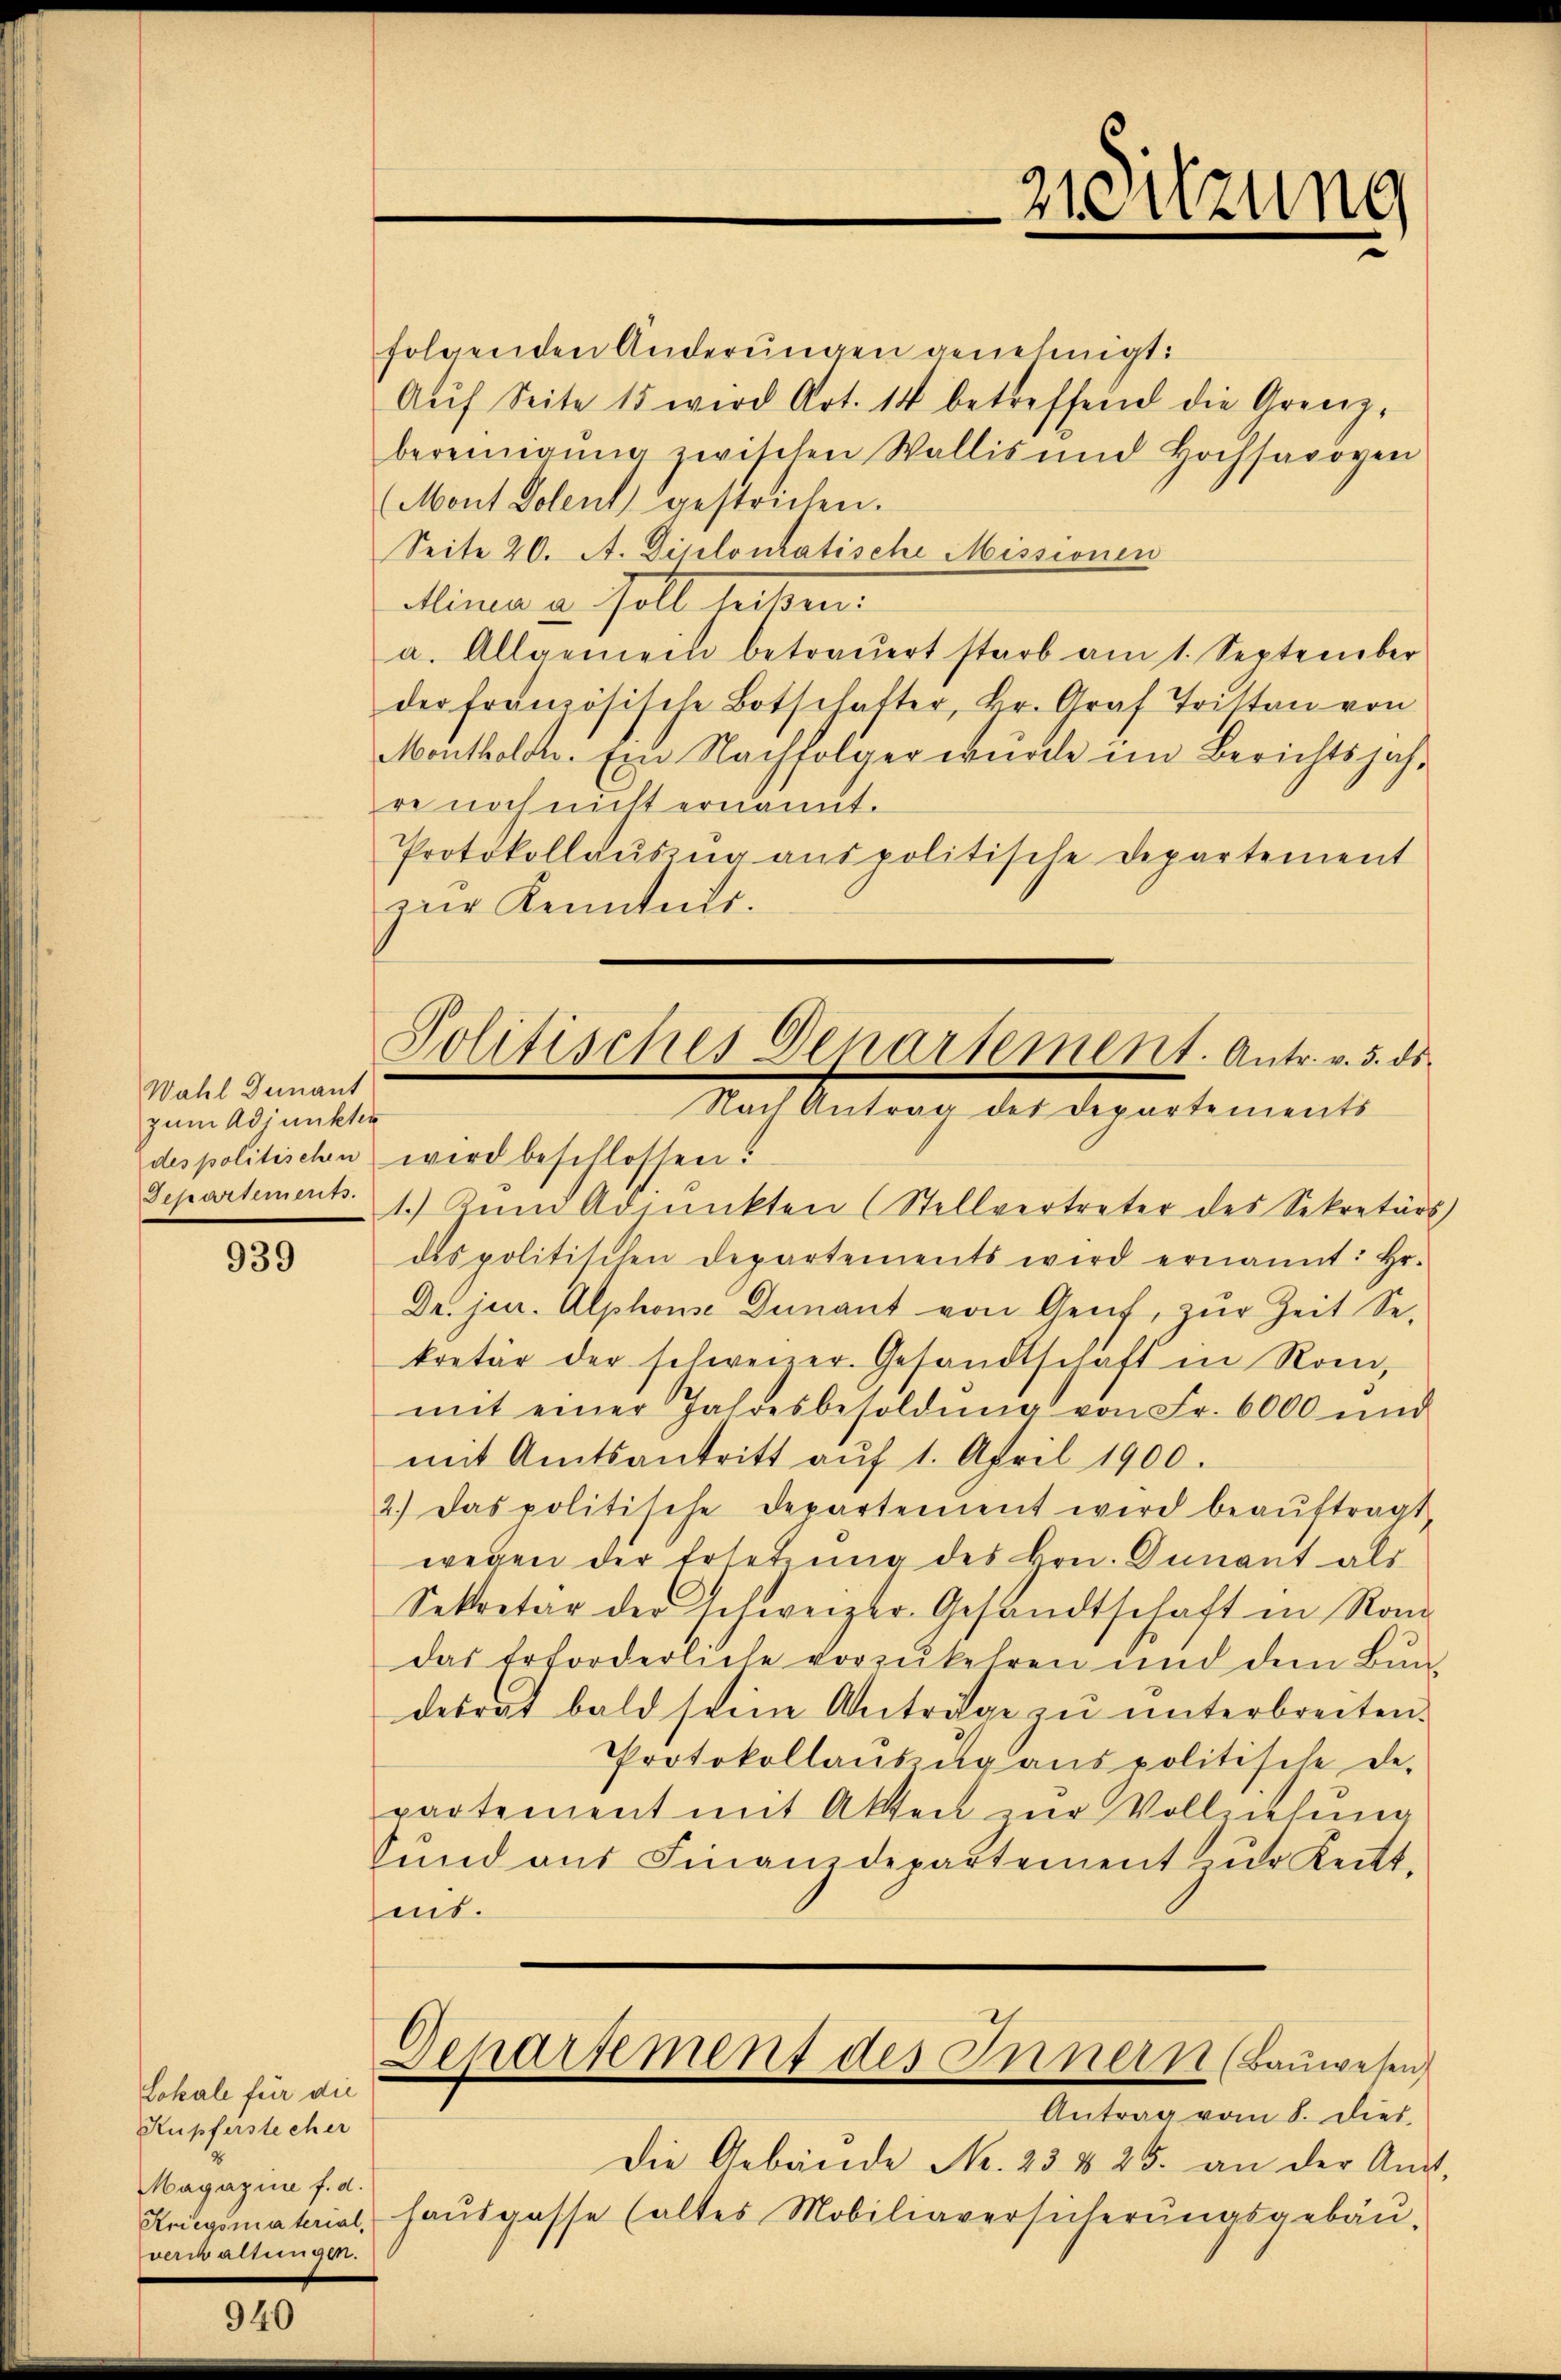
Wahl Genant
zum Adjunkten
des politischen

939

Lokale für die
Kupferstecher
Magazine f. d.
eater 225.

folgenden Anderŭngen genehmigt:
Aŭf Seite 15 wird Art. 14 betreffend die Grenz-
bereinigŭng zwischen Wallis und Hochsavoyen
(Mont Dolent gestrichen.
Seite 20. A. Diplomatische Missionen
Mina u. soll leiten
a. Allgemein betraŭert starb am 1. September
der französische Botschafter, Hr. Graf Tritten von
Montholde. Ein Nachfolger wurde im Berichtsjahre noch nicht ernamt.
Protokollaŭszŭg aŭspolitische Departement
zur Kenntnis.
wird beschlossen:
Separtement 1. Zŭn Adjunkten (Stellvertreter des Sekretär
des politischen Departements wird ernannt: Hr.
Dr. jur. Alphons Dunant von Genf, zur Zeit Se-
kretär der schweizer. Gesandtschaft in Rom,
mit einer Jahresbesoldŭng von Fr. 6000 und
mit Amtsantritt aŭf 1. April 1900.
2.) Das politische Departement wird beaŭftragt
wegen der Ersetzung des Hrn. Dunant als
Settretär der schweizer. Gesandtschaft in Ran
das Erforderliche vorzukehren und dem Bundesrat bald seine Anträge zu unterbreiten.
Protokollaŭszŭg aŭs politische De-
partement mit Akten zŭr Vollzielung
Sŭnd aus Finanzdepartement zŭr Keitt-
mt.
Departement des Innern (Bauwesen
Antrag vom 8. dies
Die Gebäude No. 23 & 25. an der An-
Kriegsmaterial, Haŭsgasse (altes Mobiliaversicherŭngsgebäŭ-

31 Sitzung

Politisches Departement. Antr. v. 5. ds.
Nach Antrag des Departements